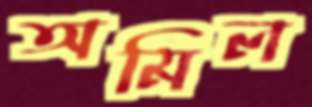
অমিল